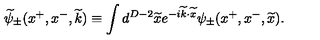
\widetilde { \psi } _ { \pm } ( x ^ { + } , x ^ { - } , \widetilde { k } ) \equiv \int d ^ { D - 2 } \widetilde { x } e ^ { - i \widetilde { k } \cdot \widetilde { x } } \psi _ { \pm } ( x ^ { + } , x ^ { - } , \widetilde { x } ) .